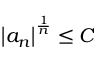
\left\vert a _ { n } \right\vert ^ { \frac { 1 } { n } } \leq C